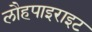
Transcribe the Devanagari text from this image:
लौहपाइराइट